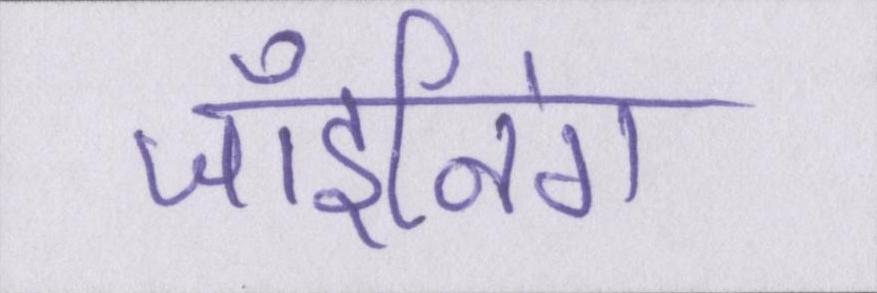
जॉइनिंग